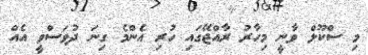
މި ސްކޫލް ވާނީ މިހާރު ރާއްޖޭގައި ހުރި އެންމެ ގިނަ ދުވަސްވީ އެއް